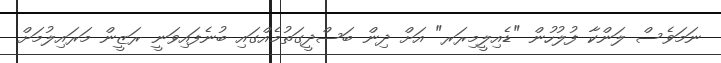
ނަމަވެސް ލަންކާ ފުލުހުން "ޑެއިލީމިރަރ" އަށް ދިން ބަސްދީގަތުމެއްގައި ބުނެފައިވަނީ ރަޒީން މަރައިލުމަށް